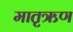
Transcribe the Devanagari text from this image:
मातृऋण